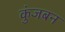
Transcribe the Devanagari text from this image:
कुंजबन